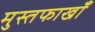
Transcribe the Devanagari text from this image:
मुस्तफाखाँ